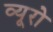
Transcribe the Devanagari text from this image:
व्‍यूरो